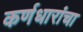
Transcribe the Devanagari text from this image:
कर्णधारांचा